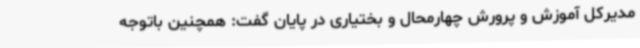
مدیرکل آموزش و پرورش چهارمحال و بختیاری در پایان گفت: همچنین باتوجه